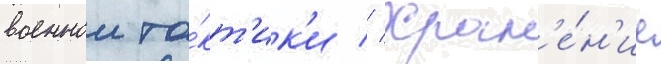
военнои та́кт'ик'и // Хран'е́н'ие